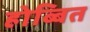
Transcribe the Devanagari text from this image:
होब्बित